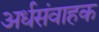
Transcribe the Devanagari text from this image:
अर्धसंवाहक